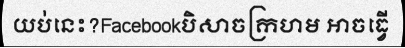
យប់នេះ?Facebookបិសាចក្រហម អាចធ្វើ